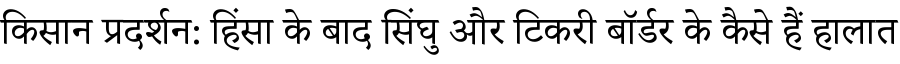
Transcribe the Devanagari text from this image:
किसान प्रदर्शन: हिंसा के बाद सिंघु और टिकरी बॉर्डर के कैसे हैं हालात